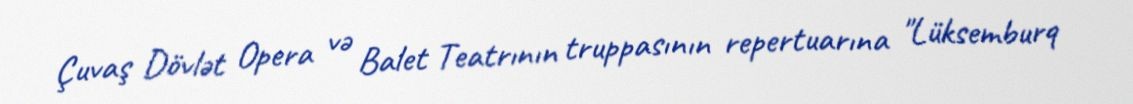
Çuvaş Dövlət Opera və Balet Teatrının truppasının repertuarına "Lüksemburq